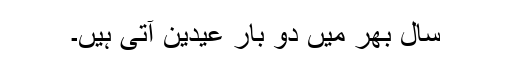
سال بھر میں دو بار عیدین آتی ہیں۔